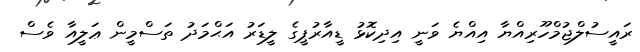
ރައީސުލްޖުމްހޫރިއްޔާ އިއްޔެ ވަނީ އިދިކޮޅު ޑީއާރުޕީގެ ލީޑަރު އަޙްމަދު ތަސްމީން ޢަލީއާ ވެސް